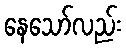
နေသော်လည်း